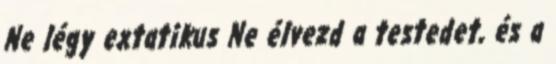
Ne légy extatikus Ne élvezd a testedet, és a